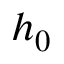
h _ { 0 }